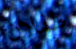
طفلان